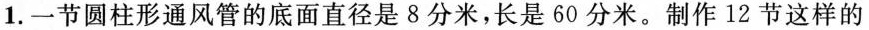
四、解决问题。★46分1.一节圆柱形通风管的底面直径是8分米，长是60分米。制作12节这样的